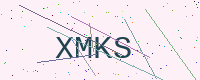
Text: XMKS